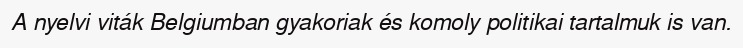
A nyelvi viták Belgiumban gyakoriak és komoly politikai tartalmuk is van.